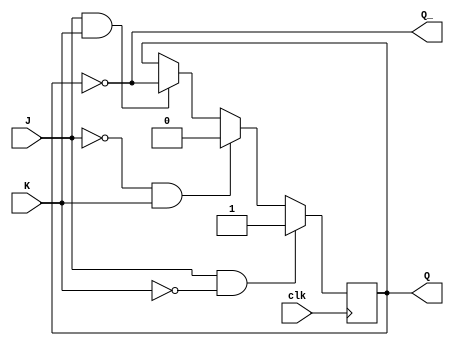
module JK_FlipFlop (
    input wire J,
    input wire K,
    input wire clk,
    output reg Q,
    output reg Q_
);

reg Q_next;

always @ (negedge clk) begin
    if (J & !K) begin
        Q_next <= 1'b1;
    end else if (!J & K) begin
        Q_next <= 1'b0;
    end else if (J & K) begin
        Q_next <= ~Q;
    end else begin
        Q_next <= Q;
    end
end

always @* begin
    Q = Q_next;
    Q_ = ~Q_next;
end

endmodule